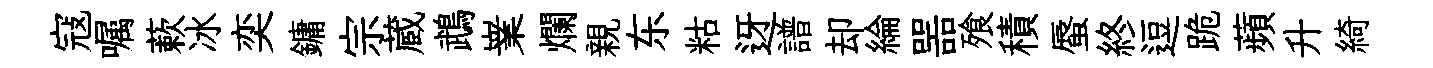
寇嘱蔌冰奕鏞宗蔵鵡嶪爛親东䊀迓譜却綸噐飱積蜃終逗跪蘋升綺